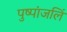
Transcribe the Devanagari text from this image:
पुष्पांजलिं